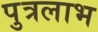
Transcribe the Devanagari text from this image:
पुत्रलाभ